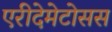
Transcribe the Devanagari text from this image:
एरीदेमेटोसस